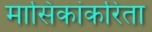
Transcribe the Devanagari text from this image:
मासिकांकरिता